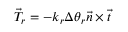
\vec { T } _ { r } = - k _ { r } \Delta \theta _ { r } \vec { n } \times \vec { t }